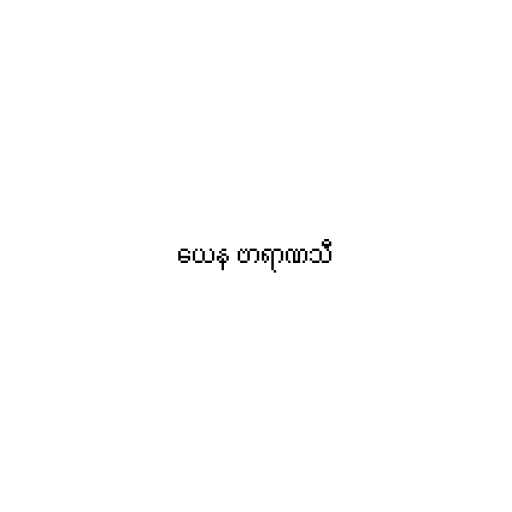
ယေန ဗာရာဏသီ